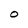
Character: O